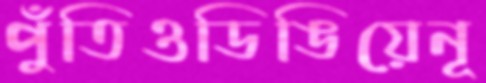
পুঁতিওডিঙিয়েনূ